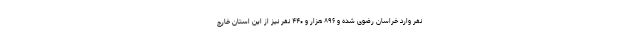
نفر وارد خراسان رضوی شده و ۸۹۶ هزار و ۴۴۰ نفر نیز از این استان خارج